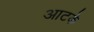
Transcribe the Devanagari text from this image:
आटके